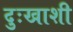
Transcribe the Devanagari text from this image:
दुःखाशी